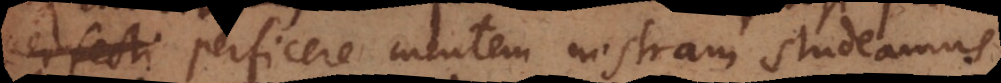
perficere mentem nostram studeamus,